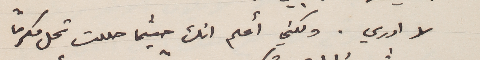
لا ادري. ولكني أعلم انك حيثما حللت تحل مكرماً